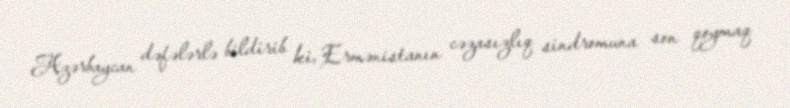
Azərbaycan dəfələrlə bildirib ki, Ermənistanın cəzasızlıq sindromuna son qoymaq